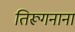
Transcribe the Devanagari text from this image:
तिरूगनाना